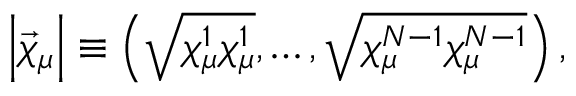
\left| \vec { \chi } _ { \mu } \right| \equiv \left( \sqrt { \chi _ { \mu } ^ { 1 } \chi _ { \mu } ^ { 1 } } , \ldots , \sqrt { \chi _ { \mu } ^ { N - 1 } \chi _ { \mu } ^ { N - 1 } } \right) ,